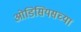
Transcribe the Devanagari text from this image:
ओडिसियसच्या